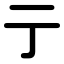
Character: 亍